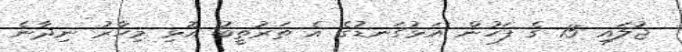
ޖުލައި 15 ގެ ފަހުން އަޅުގަނޑުގެ އެ ތަރުތީބު އޮޅި މިހާރު ނިދާނެ